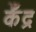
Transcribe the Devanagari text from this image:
केँद्र